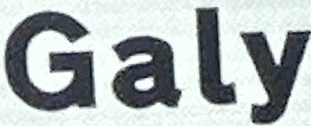
Galy